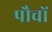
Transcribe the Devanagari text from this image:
पौचों